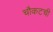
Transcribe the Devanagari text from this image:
चौकटची